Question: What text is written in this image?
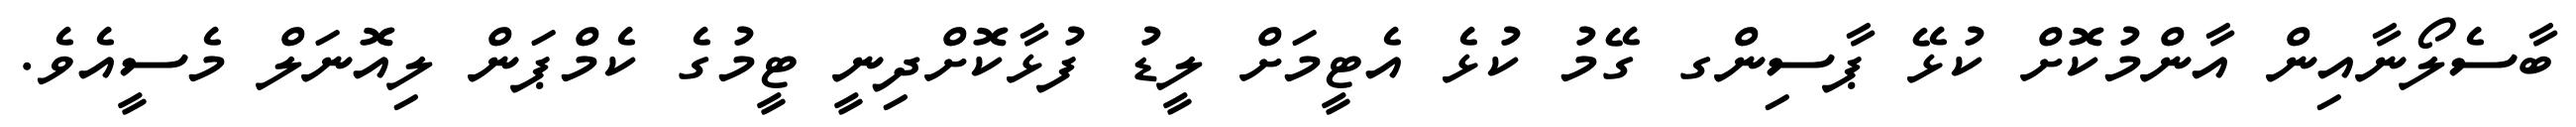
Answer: ބާސެލޯނާއިން އާންމުކޮށް ކުޅޭ ޕާސިންގ ގޭމު ކުޅެ އެޓީމަށް ލީޑު ފުޅާކޮށްދިނީ ޓީމުގެ ކެމްޕަން ލިއޮނަލް މެސީއެވެ.